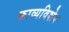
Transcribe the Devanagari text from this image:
काव्यविशेष